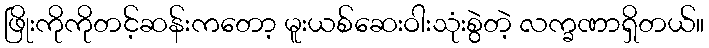
ဖြိုးကိုကိုတင့်ဆန်းကတော့ မူးယစ်ဆေးဝါးသုံးစွဲတဲ့ လက္ခဏာရှိတယ်။